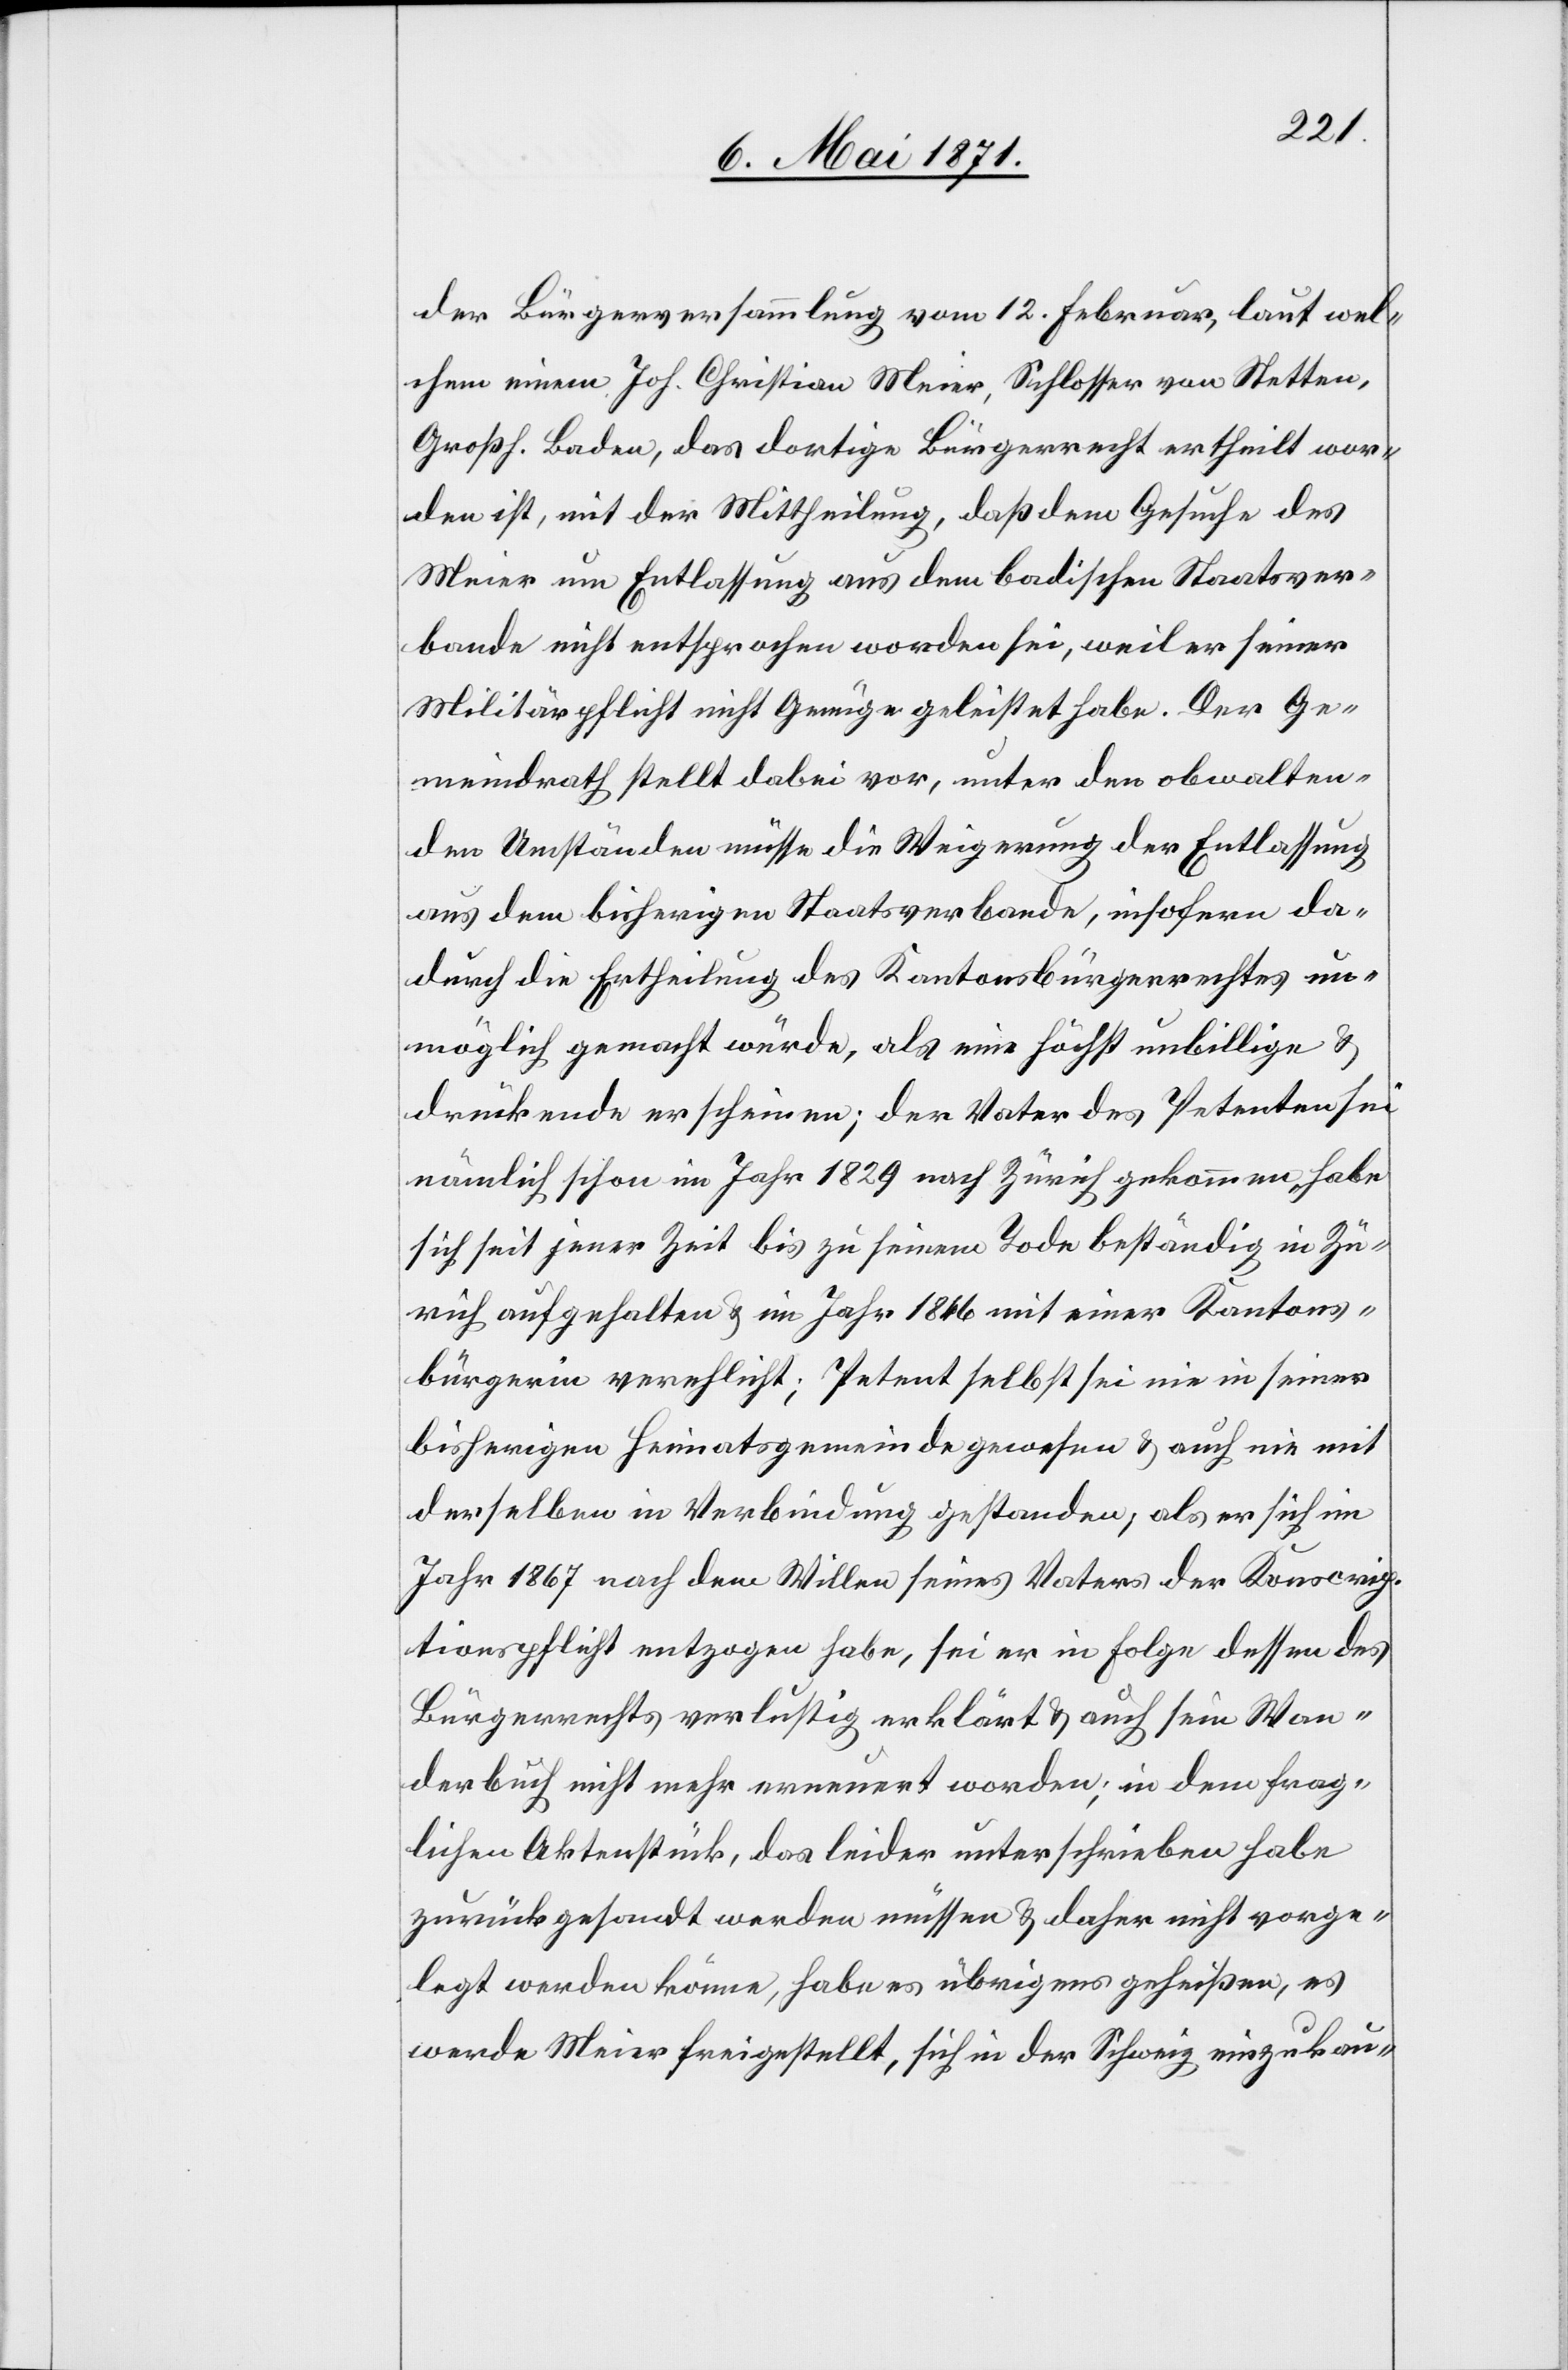
der Bürgerversammlung vom 12. Februar, laut wel¬
chem einem Joh. Christian Meier, Schlosser von Stetten,
Großh. Baden, das dortige Bürgerrecht ertheilt wor¬
den ist, mit der Mittheilung, daß dem Gesuche des
Meier um Entlassung aus dem badischen Staatsver¬
bande nicht entsprochen worden sei, weil er seiner
Militärpflicht nicht Genüge geleistet habe. Der Ge¬
meindrath stellt dabei vor, unter den obwalten¬
den Umständen müsse die Weigerung der Entlassung
aus dem bisherigen Staatsverbande, insofern da¬
durch die Ertheilung des Kantonsbürgerrechtes un¬
möglich gemacht würde, als eine höchst unbillige u.
drückende erscheinen; der Vater des Petenten sei
nämlich schon im Jahr 1829 nach Zürich gekommen, habe
sich seit jener Zeit bis zu seinem Tode beständig in Zü¬
rich aufgehalten u. im Jahr 1846 mit einer Kantons¬
bürgerin verehlicht; Petent selbst sei nie in seiner
bisherigen Heimatsgemeinde gewesen u. auch nie mit
derselben in Verbindung gestanden, als er sich im
Jahr 1867 nach dem Willen seines Vaters der Konscrip¬
tionspflicht entzogen habe, sei er in Folge dessen des
Bürgerrechts verlustig erklärt u. auch sein Wan¬
derbuch nicht mehr erneuert worden; in dem frag¬
lichen Aktenstück, das leider unterschrieben habe
zurückgesandt werden müssen u. daher nicht vorge¬
legt werden könne, habe es übrigens geheißen, es
werde Meier freigestellt, sich in der Schweiz einzukau-